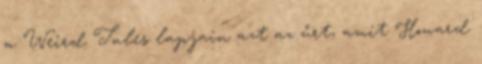
a Weird Tales lapjain azt az űrt, amit Howard